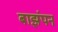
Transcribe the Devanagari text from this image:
बाझंपन